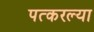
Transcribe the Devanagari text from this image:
पत्करल्या